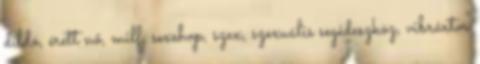
dildó, érett nő, milf, sexshop, szex, szexuális segédeszköz, vibrártor